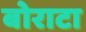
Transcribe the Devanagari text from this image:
बोराटा